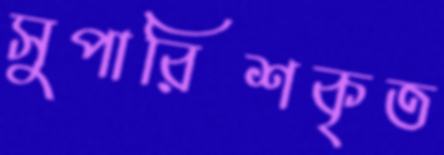
সুপারিশকৃত